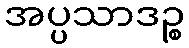
အပ္ပသာဒဉ္စ